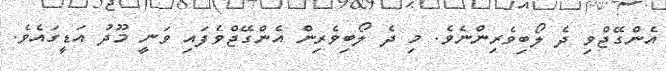
އެންގޭޖްވި ދެ ލޯބިވެރިންނެވެ. މި ދެ ލޯބިވެރިން އެންގޭޖްވެފައި ވަނީ މޫދު އަޑީގައެވެ.